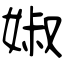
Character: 婌